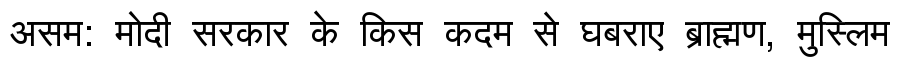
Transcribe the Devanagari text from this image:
असम: मोदी सरकार के किस कदम से घबराए ब्राह्मण, मुस्लिम